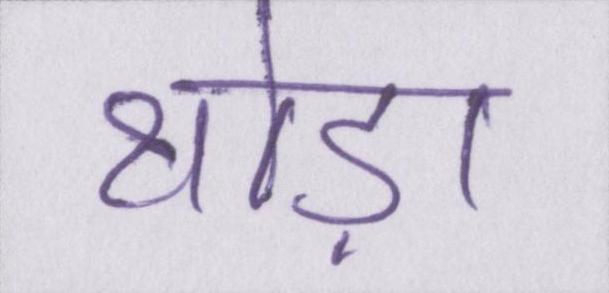
थोड़ा